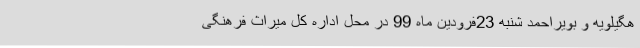
هگیلویه و بویراحمد شنبه 23فرودین ماه 99 در محل اداره کل میراث فرهنگی